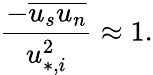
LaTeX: \frac{-\overline{{u_{s}u_{n}}}}{u_{*,i}^{2}}\approx 1.